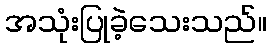
အသုံးပြုခဲ့သေးသည်။